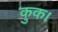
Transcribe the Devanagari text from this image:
कुक।